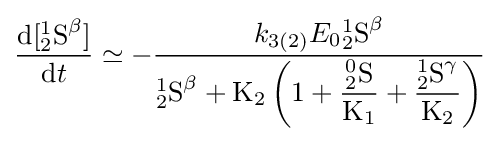
{\frac {{\mathrm {d} }[{^{1}_{2}}{\ce {S}}^{\beta }]}{{\mathrm {d} }t}}\simeq -{\frac {{k}_{3(2)}E_{0}{^{1}_{2}}{\ce {S}}^{\beta }}{^{1}_{2}{\ce {S}}^{\beta }+{\mathrm {K} {\vphantom {A}}_{\smash[{t}]{2}}}\left(1+{\dfrac {{^{0}_{2}}{\ce {S}}}{\mathrm {K} {\vphantom {A}}_{\smash[{t}]{1}}}}+{\dfrac {{^{1}_{2}}{\ce {S}}^{\gamma }}{\mathrm {K} {\vphantom {A}}_{\smash[{t}]{2}}}}\right)}}